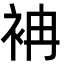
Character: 袡